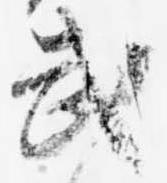
武